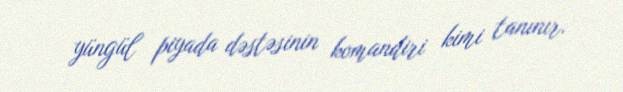
yüngül piyada dəstəsinin komandiri kimi tanınır.